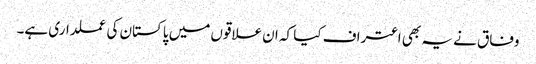
وفاق نے یہ بھی اعتراف کیا کہ ان علاقوں میں پاکستان کی عملداری ہے۔